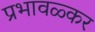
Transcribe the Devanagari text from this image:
प्रभावळ्कर